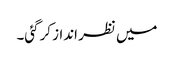
میں نظر انداز کرگئی۔